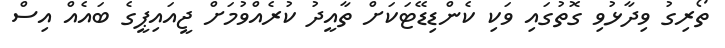
ތޯރިގު ވިދާޅުވި ގޮތުގައި ވަކި ކެންޑިޑޭޓަކަށް ތާއީދު ކުރެއްވުމަށް ޖީއައިޕީގެ ބައެއް އިސް